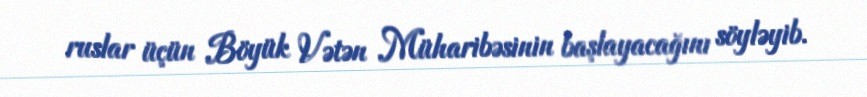
ruslar üçün Böyük Vətən Müharibəsinin başlayacağını söyləyib.